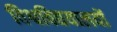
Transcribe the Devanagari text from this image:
विश्वविद्ययालयों